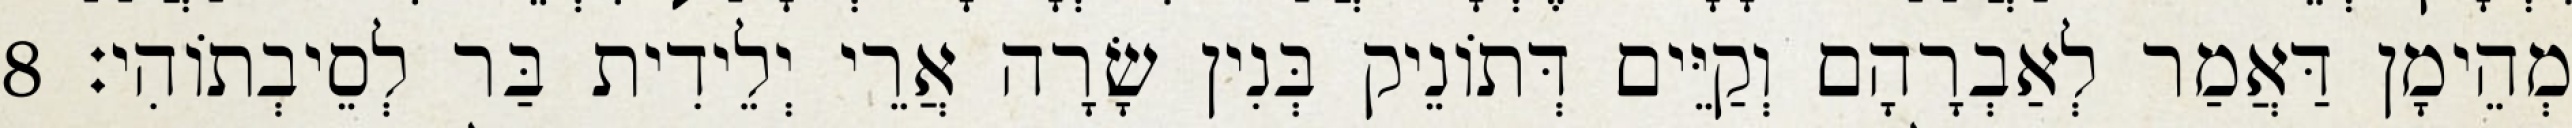
מְהֵימָן דַּאֲמַר לְאַבְרָהָם וְקַיֵּים דְּתוֹנֵיק בְּנִין שָׂרָה אֲרֵי יְלֵידִית בַּר לְסֵיבְתוֹהִי׃ 8